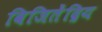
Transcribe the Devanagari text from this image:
विजितेंद्रिय